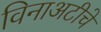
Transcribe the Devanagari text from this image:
विनाअटीचे